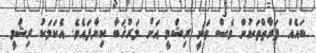
ބައެއް ފަރާތްތަކުން ވެސް ވަނީ ރިޝްމީ އަށް މަރުޚަބާ ކިޔާފައެވެ. އެކަމަކު ރިޝްމީ